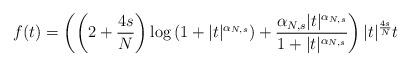
LaTeX: \begin{gather*} f(t) = \left( \left( 2 + \frac{4s}{N} \right) \log \left( 1+|t|^{\alpha_{N,s}} \right) + \frac{\alpha_{N,s} |t|^{\alpha_{N,s}}}{1+|t|^{\alpha_{N,s }}} \right) |t|^{\frac{4s}{N}} t\end{gather*}